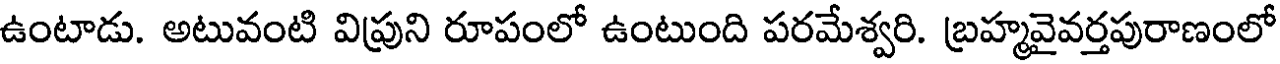
ఉంటాడు. అటువంటి విప్రుని రూపంలో ఉంటుంది పరమేశ్వరి. బ్రహ్మవైవర్తపురాణంలో